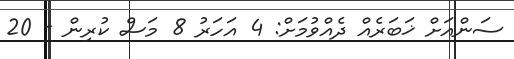
ސަންއަށް ޚަބަރެއް ދެއްވުމަށް: 4 އަހަރު 8 މަސް ކުރިން - 20